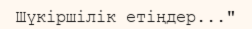
Шүкіршілік етіңдер..."